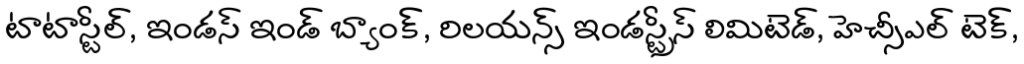
టాటాస్టీల్, ఇండస్ ఇండ్ బ్యాంక్, రిలయన్స్ ఇండస్ట్రీస్ లిమిటెడ్, హెచ్సీఎల్ టెక్,